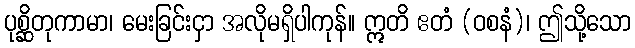
ပုစ္ဆိတုကာမာ၊ မေးခြင်းငှာ အလိုမရှိပါကုန်။ ဣတိ ဧတံ (ဝစနံ)၊ ဤသို့သော